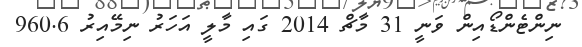
ނިންޓެންޑޯއިން ވަނީ 31 މާޗް 2014 ގައި މާލީ އަހަރު ނިމޭއިރު 960.6